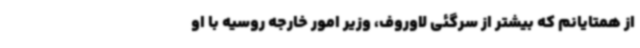
از همتایانم که بیشتر از سرگئی لاوروف، وزیر امور خارجه روسیه با او